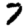
Digit: 7